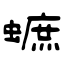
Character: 蟅